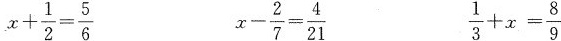
$$x+ \frac{1}{2}= \frac{5}{6}$$ $$x- \frac{2}{7}= \frac{4}{21}$$ $$\frac{1}{3}+x= \frac{8}{9}$$